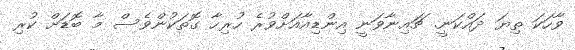
ވާހަކަ ތިޔަ ދައްކަނީ. ޗައިނާވަނީ އިންޑިއާއަށްވުރެ ހުރިހާ ގޮތަކުންވެސް މާ ބޮޑަށް ކުރި